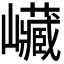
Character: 𡿄